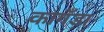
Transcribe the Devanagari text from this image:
कागँड़ा